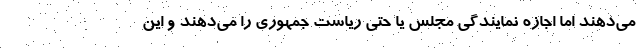
می‌دهند اما اجازه نمایندگی مجلس یا حتی ریاست جمهوری را می‌دهند و این